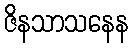
ဇိနသာသနေန